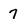
Character: 7